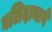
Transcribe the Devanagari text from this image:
बलिदानाने